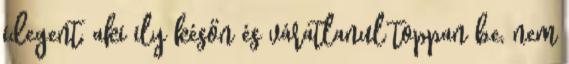
idegent, aki ily későn és váratlanul toppan be, nem